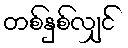
တစ်နှစ်လျှင်